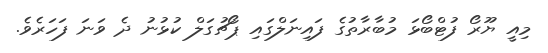
މިއީ ޔޫރޯ ފުޓްބޯޅަ މުބާރާތުގެ ފައިނަލްގައި ޕޯޗުގަލް ކުޅުނު ދެ ވަނަ ފަހަރެވެ.